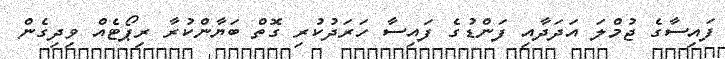
ފައިސާގެ ޖުމްލަ އަދަދާއި ފަންޑުގެ ފައިސާ ހަރަދުކުރި ގޮތް ބަޔާންކުރާ ރިޕޯޓެއް ވިދިގެން